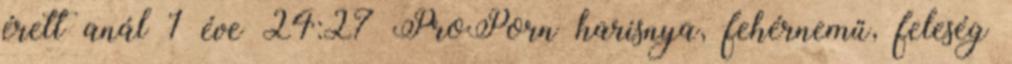
érett anál 1 éve 24:27 ProPorn harisnya, fehérnemű, feleség